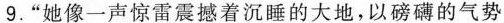
9.”她像一声惊雷震撼着沉睡的大地，以磅礴的气势